Calcutta medical institutions reports 1871-78
Year: 1871
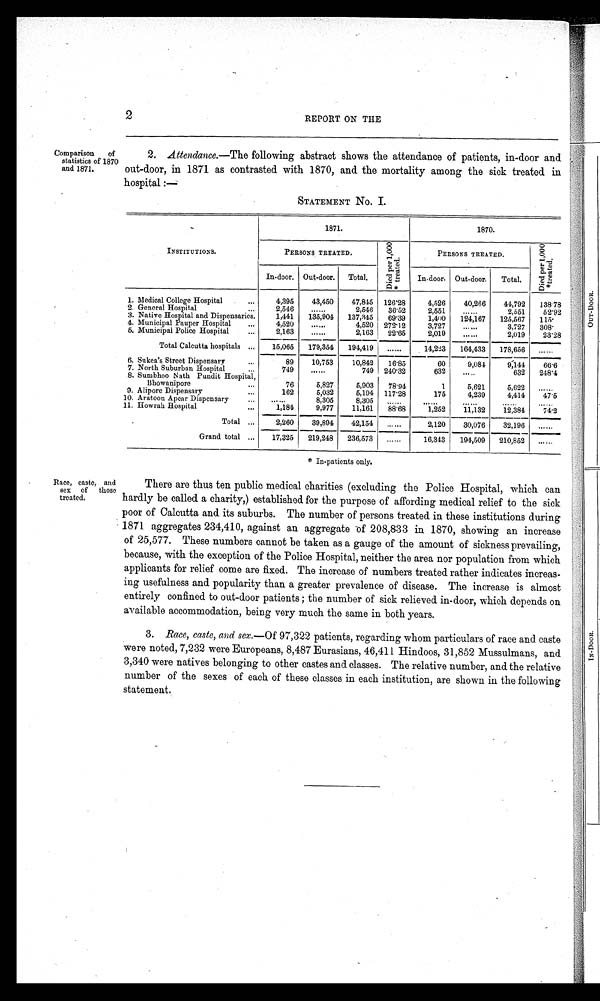
2
REPORT ON THE
Comparison of
statistics of 1870
and 1871.
2. Attendance.— The following abstract shows the attendance of patients, in-door and
out-door, in 1871 as contrasted with 1870, and the mortality among the sick treated in
hospital
:—
OUT-DOOR.
STATEMENT No. I.
INSTITUTIONS.
1871.
1870.
PERSONS TREATED.
D i e d p e r 1 , 0 0 0 * t r e a t e d .
PERSONS TREATED.
D i e d p e r 1 , 0 0 0 * t r e a t e d .
In-door. Out-door.
Total.
Indoor. Out-door,
Total.
1. Medical College Hospital
...
4,395
43,450
47,845 126·28
4,526
40,266
44,792
138•78
,
2. General Hospital
2,546
. . . . .
2,546
36·52
2,551
. . . . .
2,551
52•92
3. Native Hospital and Dispensaries.
1,441
135,904
137,345
69·39
1,400
124,167
125,567
115·
4. Municipal Pauper Hospital
.,.
4,520
......
4,520 272·12
3,727
......
3,727
308·
5. Municipal Police Hospital
...
2,163
......
2,163
22·65
2,019
......
2,019
23·28
Total Calcutta hospitals ...
15,065
179,354
194,419
......
14,223
164,433
178,656
......
6. Sukea's Street Dispensary
...
89
10,753
10,842
16·85
60
9,084
9,144
66·6
7. North Suburban Hospital
...
749
.....
749 240·32
632
. . . .
632
248·4
8. Sumbhoo Nath Pundit Hospital,
Bhowanipore
...
76
5,827
5,903
78·91
1
5,621
5,622
.....
9. Alipore Dispensary
...
162
5,032
5,194 117·28
175
4,239
4,414
47·5
10. Aratoon Apear Dispensary
...
......
8,305
8,805
. . . .
. . . . .
. . . . .
. . . . . .
. . . . . .
11. Howrah Hospital
...
1,184
9,977
11,161
88·68
1,252
1 1 , 1 3 2
12,384
74·2
Total ...
2 , 2 6 0
39,894
42,154
.....
2,120
30,076
32,196
......
Grand total ...
17,325
219,248
236,573
......
16,343
194,509
210,852
. . . . . . .
Race, caste, and
sex of those
treated.
There are thus ten public medical charities (excluding the Police Hospital, which can
hardly be called a charity,) established for the purpose of affording medical relief to the sick
poor of Calcutta and its suburbs. The number of persons treated in these institutions during
1871 aggregates 234,410, against an aggregate of 208,833 in 1870, showing an increase
of 25,577. These numbers cannot be taken as a gauge of the amount of sickness prevailing,
because, with the exception of the Police Hospital, neither the area nor population from which
applicants for relief come are fixed. The increase of numbers treated rather indicates increas
ing usefulness and popularity than a greater prevalence of disease. The increase is almost
entirely confined to out-door patients ; the number of sick relieved in-door, which depends on
available accommodation, being very much the same in both years.
3. Race, caste, and sex.— Of 97,322 patients, regarding whom particulars of race and caste
were noted, 7,232 were Europeans, 8,487 Eurasians, 46,411 Hindoos, 31,8:52 Mussulmans, and
3,340 were natives belonging to other castes and classes. The relative number, and the relative
number of the sexes of each of these classes in each institution, are shown in the following
statement.